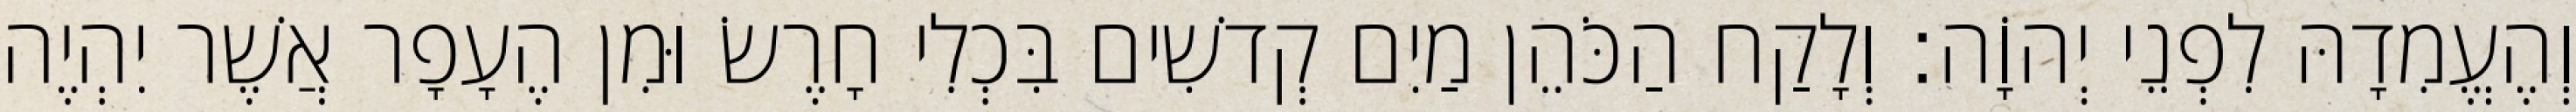
וְהֶעֱמִדָהּ לִפְנֵי יְהוָֹה׃ וְלָקַח הַכֹּהֵן מַיִם קְדשִׁים בִּכְלִי חָרֶשׂ וּמִן הֶעָפָר אֲשֶׁר יִהְיֶה